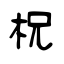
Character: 柷